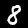
Digit: 8